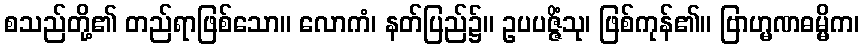
စသည်တို့၏ တည်ရာဖြစ်သော။ လောကံ၊ နတ်ပြည်၌။ ဥပပဇ္ဇိံသု၊ ဖြစ်ကုန်၏။ ဗြာဟ္မဏဓမ္မိက၊